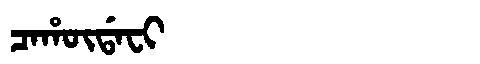
Manchu: ᠴᠠᡥᡡᡩᠠᠸᡳ
Romanization: CAHŪDAFI